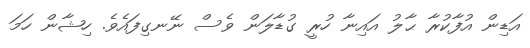
އަޑިން އުފާކުރާ ޙާލު އައިނާ ހުރީ ގުޑާލަން ވެސް ނޭނގިފައެވެ. ހިޝާން ހަމަ